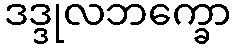
ဒဒ္ဒုလဘက္ခော